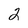
Character: 2